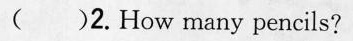
( )2.How many pencils?